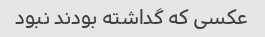
عکسی که گداشته بودند نبود